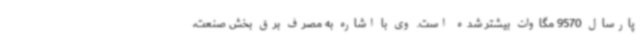
پارسال 9570 مگاوات بیشتر شده است. وی با اشاره به مصرف برق بخش صنعت،